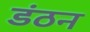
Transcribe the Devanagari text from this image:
डंठन